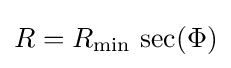
R=R_{\mathrm {min} }\,\sec(\Phi )